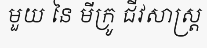
មួយ នៃ មីក្រូ ជីវសាស្ត្រ